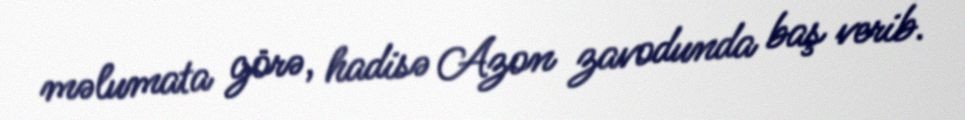
məlumata görə, hadisə Azon zavodunda baş verib.